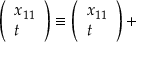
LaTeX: \left( \begin{array} { l } { { x _ { 1 1 } } } \\ { { t } } \end{array} \right) \equiv \left( \begin{array} { l } { { x _ { 1 1 } } } \\ { { t } } \end{array} \right) +